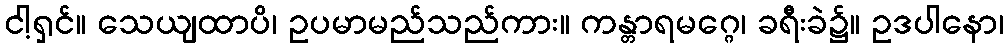
ငါ့ရှင်။ သေယျထာပိ၊ ဥပမာမည်သည်ကား။ ကန္တာရမဂ္ဂေ၊ ခရီးခဲ၌။ ဥဒပါနော၊